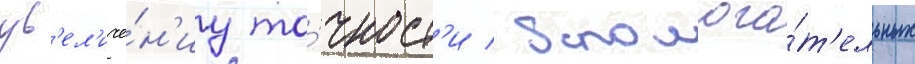
ув'ел'иче́н'иу то́чност'и / вспомога́т'ельных